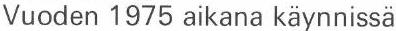
Vuoden 1975 aikana käynnissä